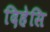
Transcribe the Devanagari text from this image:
दिहेसि